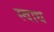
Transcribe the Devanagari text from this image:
स्वाध